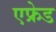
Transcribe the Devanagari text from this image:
एफ्रेड